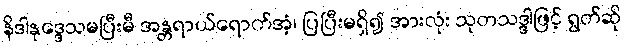
နိဒါနုဒ္ဒေသမပြီးမီ အန္တရာယ်ရောက်အံ့၊ ပြပြီးမရှိ၍ အားလုံး သုတသဒ္ဒါဖြင့် ရွတ်ဆို